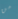
من